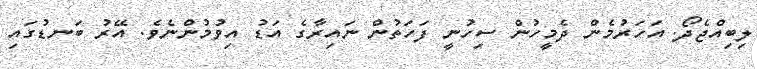
ލިބިއްޖެދޯ. އަހަރުމެން ދެމީހުން ސިހުނީ ފަހަތުން ނައިރާގެ އަޑު އިވުމުންނެވެެ. އޭރު ބަނޑުގައި